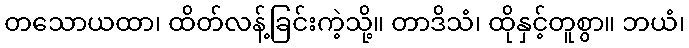
တသောယထာ၊ ထိတ်လန့်ခြင်းကဲ့သို့။ တာဒိသံ၊ ထိုနှင့်တူစွာ။ ဘယံ၊